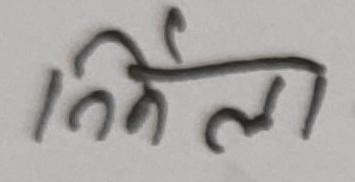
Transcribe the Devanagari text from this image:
निर्मला